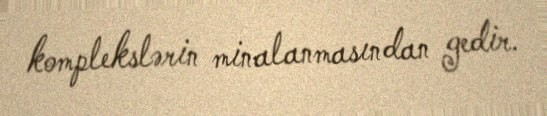
komplekslərin minalanmasından gedir.